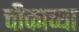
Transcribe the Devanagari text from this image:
चीकाच्या